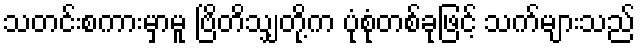
သတင်းစကားမှာမူ ဗြိတိသျှတို့က ပုံစုံတစ်ခုဖြင့် သက်များသည်